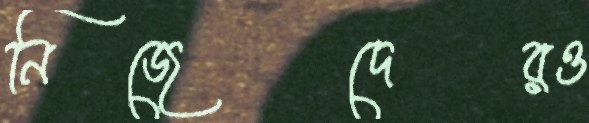
নিজেদেরও